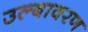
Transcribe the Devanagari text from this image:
उल्बावरण